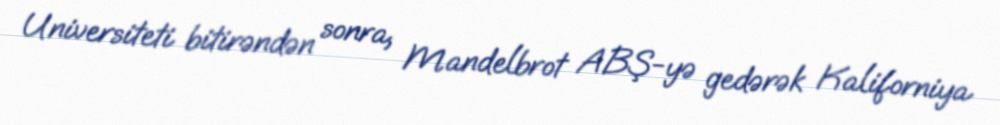
Universiteti bitirəndən sonra, Mandelbrot ABŞ-yə gedərək Kaliforniya